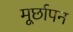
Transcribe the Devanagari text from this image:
मूर्छापन